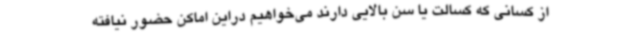
از کسانی که کسالت یا سن بالایی دارند می‌خواهیم دراین اماکن حضور نیافته